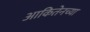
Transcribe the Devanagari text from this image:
आकितेनच्या